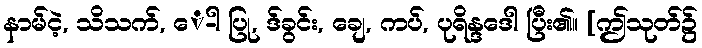
နာမ်ငဲ့, သိသက်, ေ-ါ ပြု, ဒ်ခွင်း, ချေ, ကပ်, ပုရိန္ဒဒေါ ပြီး၏။ [ဤသုတ်၌